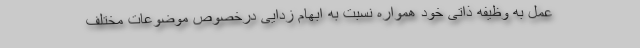
عمل به وظیفه ذاتی خود همواره نسبت به ابهام زدایی درخصوص موضوعات مختلف